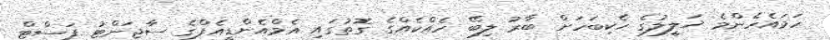
ހަމައެހެންމެ ޚަލީލުގެ ހެކިބަހަށް ބާރު ލިބޭ ހެއްކެއްގެ ގޮތުގައި އެމްއެންޑީއެފްގެ ސާޖަންޓު ފަސްޓް